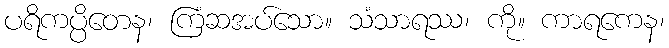
ပရိကပ္ပိတေန၊ ကြံဆအပ်သော။ သံသာရဿ၊ ကို။ ကာရကေန၊